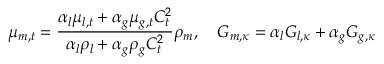
\mu _ { m , t } = \frac { \alpha _ { l } \mu _ { l , t } + \alpha _ { g } \mu _ { g , t } C _ { t } ^ { 2 } } { \alpha _ { l } \rho _ { l } + \alpha _ { g } \rho _ { g } C _ { t } ^ { 2 } } \rho _ { m } , \quad G _ { m , \kappa } = \alpha _ { l } G _ { l , \kappa } + \alpha _ { g } G _ { g , \kappa }